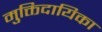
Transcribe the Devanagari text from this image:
मुक्तिदायिका